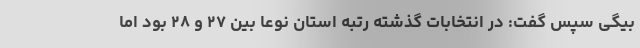
بیگی سپس گفت: در انتخابات گذشته رتبه استان نوعا بین ۲۷ و ۲۸ بود اما